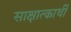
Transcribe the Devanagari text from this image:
साक्षात्कार्थी